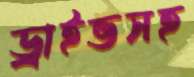
ড্রাইভসহ